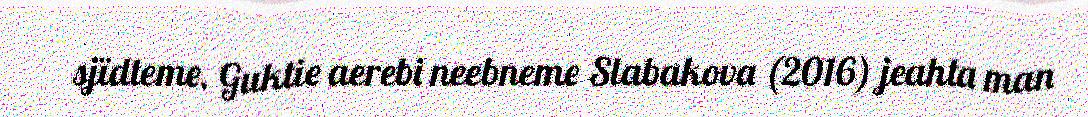
sjïdteme. Guktie aerebi neebneme Slabakova (2016) jeahta man